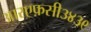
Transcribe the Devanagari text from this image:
आरएफ़सी३४३९